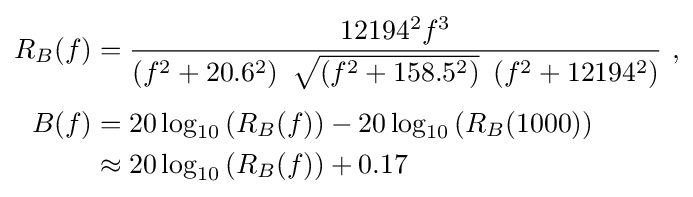
{\begin{aligned}R_{B}(f)&={12194^{2}f^{3} \over \left(f^{2}+20.6^{2}\right)\ {\sqrt {\left(f^{2}+158.5^{2}\right)}}\ \left(f^{2}+12194^{2}\right)}\ ,\\[3pt]B(f)&=20\log _{10}\left(R_{B}(f)\right)-20\log _{10}\left(R_{B}(1000)\right)\\&\approx 20\log _{10}\left(R_{B}(f)\right)+0.17\end{aligned}}